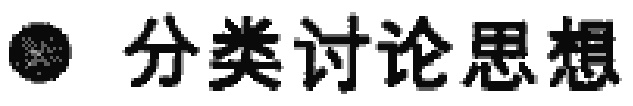
\textbullet 分类讨论思想